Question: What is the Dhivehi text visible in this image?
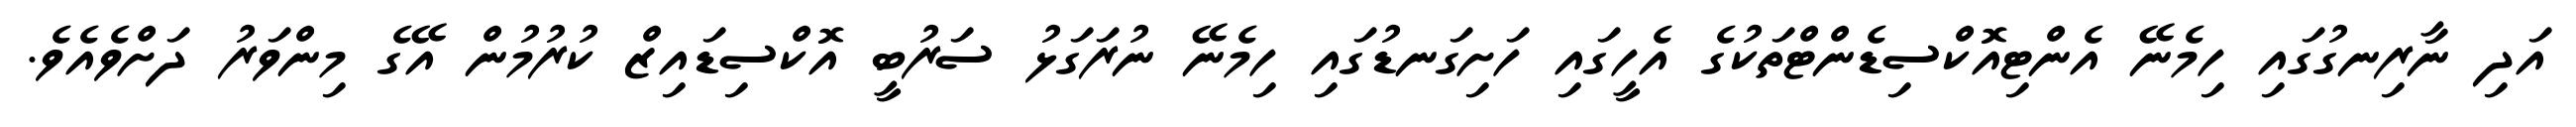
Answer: އަދި ނާރިނގުގައި ހިމެނޭ އެންޓިއޮކްސިޑެންޓްތަކުގެ އެހީގައި ހަށިގަނޑުގައި ހިމެނޭ ނުރަގަޅު ސަރުބީ އޮކްސިޑައިޒް ކުރުމުން އޭގެ މިންވަރު ދަށްވެއެވެ.